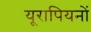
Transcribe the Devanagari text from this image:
यूरापियनों